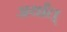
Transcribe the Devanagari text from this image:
अर्थांत्‌